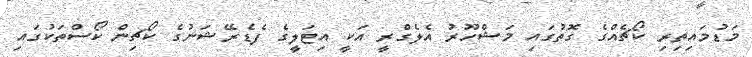
މަޑުމައިތިރި ކޯޗެއްގެ ގޮތުގައި މަޝްހޫރު އެލެގްރީ އަކީ އިޓަލީގެ ފެޑެރޭޝަނުގެ ކޯޗިން ކޯސްތަކުގައި